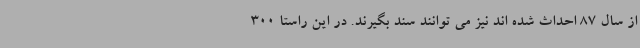
از سال 87 احداث شده اند نیز می توانند سند بگیرند. در این راستا 300